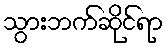
သွားဘက်ဆိုင်ရာ